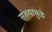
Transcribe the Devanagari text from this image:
संख्यांमुळे